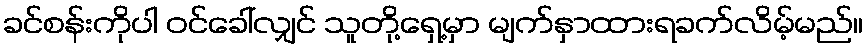
ခင်စန်းကိုပါ ဝင်ခေါ်လျှင် သူတို့ရှေ့မှာ မျက်နှာထားရခက်လိမ့်မည်။